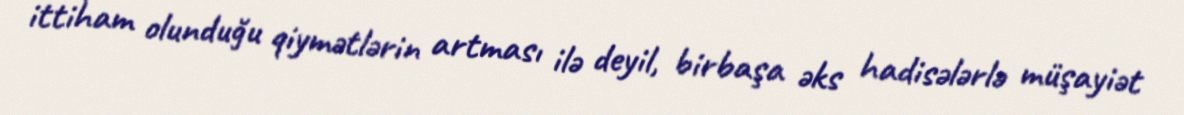
ittiham olunduğu qiymətlərin artması ilə deyil, birbaşa əks hadisələrlə müşayiət